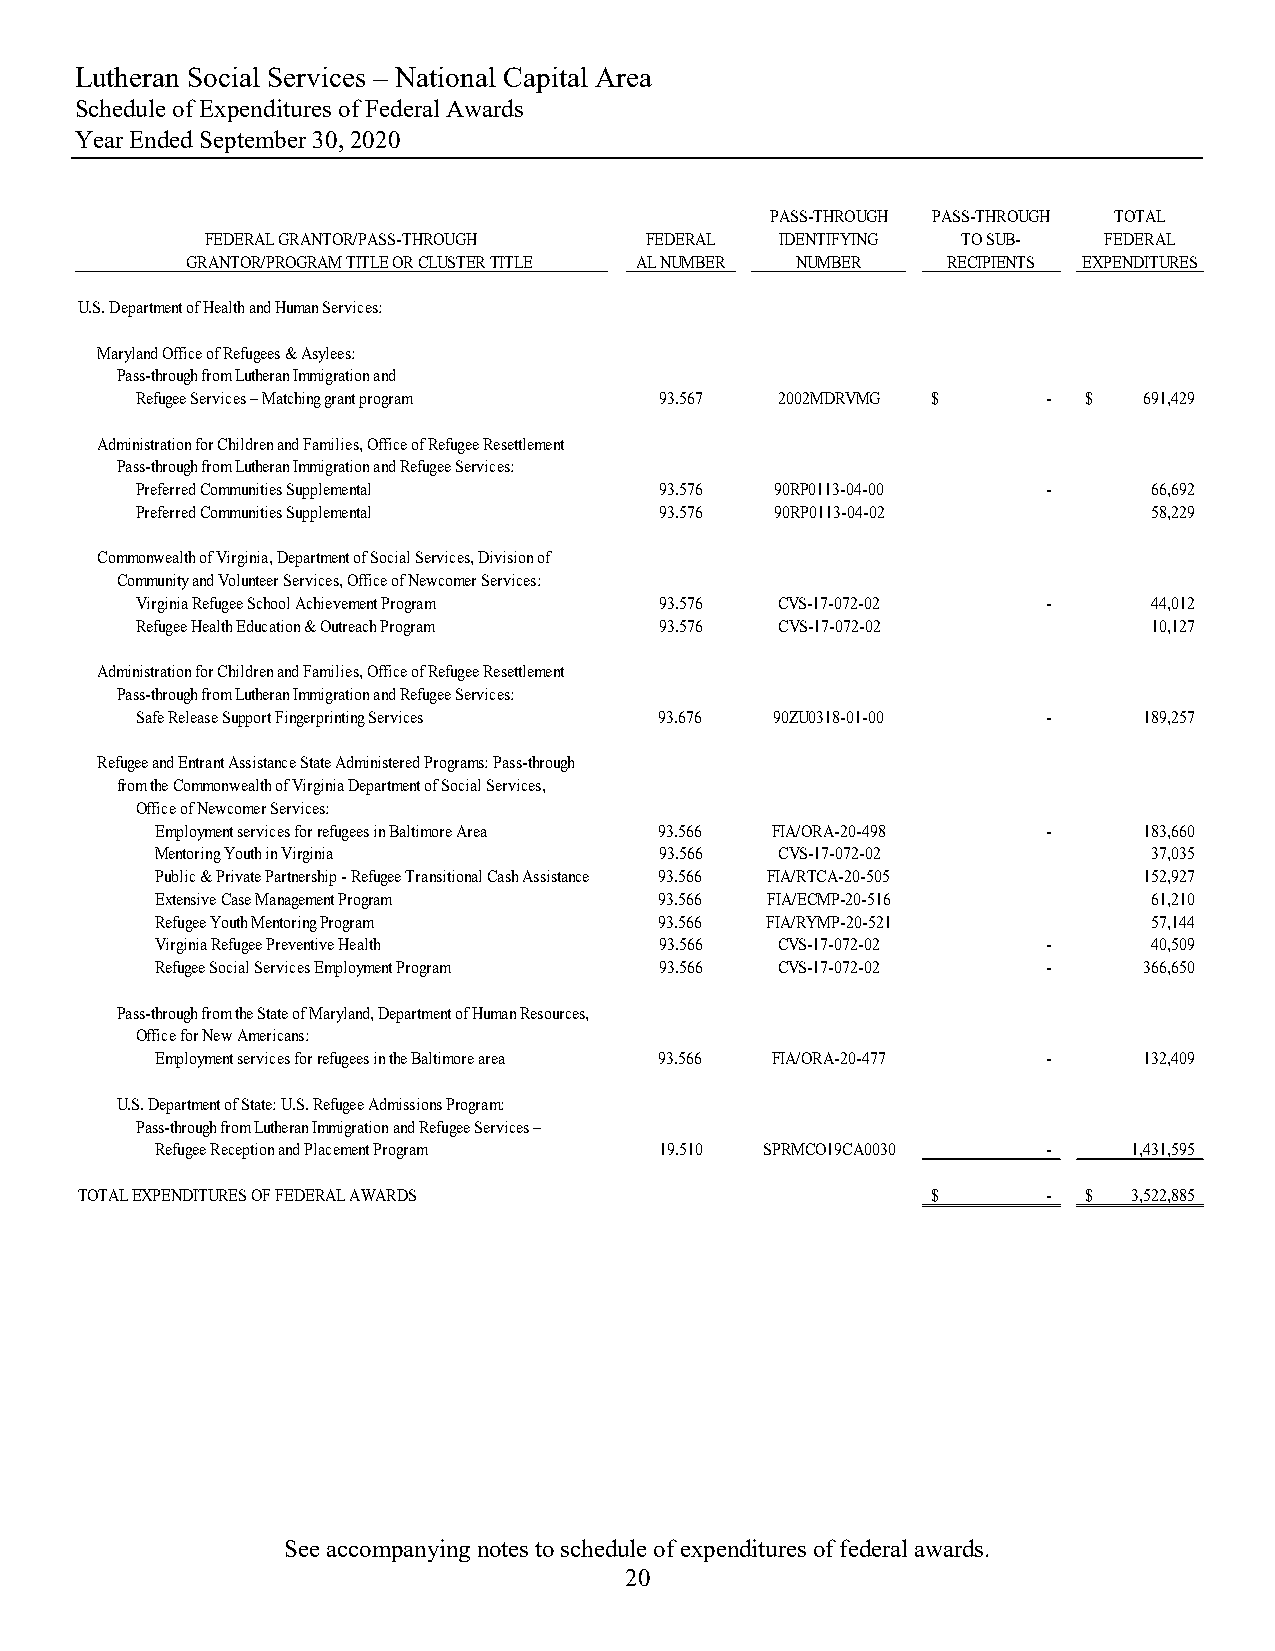
Lutheran Social Services – National Capital Area
 Schedule of Expenditures of Federal Awards
 Year Ended September 30, 2020
 PASS-THROUGH PASS-THROUGH TOTAL
 FEDERAL GRANTOR/PASS-THROUGH FEDERAL  IDENTIFYING TO SUB-  FEDERAL
 GRANTOR/PROGRAM TITLE OR CLUSTER TITLE AL NUMBER NUMBER RECIPIENTS EXPENDITURES
 U.S. Department of Health and Human Services:
 Maryland Office of Refugees & Asylees:
 Pass-through from Lutheran Immigration and
 Refugee Services – Matching grant program 93.567 2002MDRVMG $ - $  691,429
 Administration for Children and Families, Office of Refugee Resettlement
 Pass-through from Lutheran Immigration and Refugee Services:
 Preferred Communities Supplemental 93.576 90RP0113-04-00    -      66,692
 Preferred Communities Supplemental 93.576 90RP0113-04-02           58,229
 Commonwealth of Virginia, Department of Social Services, Division of
 Community and Volunteer Services, Office of Newcomer Services:
 Virginia Refugee School Achievement Program 93.576 CVS-17-072-02 - 44,012
 Refugee Health Education & Outreach Program 93.576 CVS-17-072-02   10,127
 Administration for Children and Families, Office of Refugee Resettlement
 Pass-through from Lutheran Immigration and Refugee Services:
 Safe Release Support Fingerprinting Services 93.676 90ZU0318-01-00 - 189,257
 Refugee and Entrant Assistance State Administered Programs: Pass-through
 from the Commonwealth of Virginia Department of Social Services,
 Office of Newcomer Services:
 Employment services for refugees in Baltimore Area 93.566 FIA/ORA-20-498 - 183,660
 Mentoring Youth in Virginia       93.566  CVS-17-072-02           37,035
 Public & Private Partnership - Refugee Transitional Cash Assistance 93.566 FIA/RTCA-20-505 152,927
 Extensive Case Management Program 93.566 FIA/ECMP-20-516          61,210
 Refugee Youth Mentoring Program   93.566 FIA/RYMP-20-521          57,144
 Virginia Refugee Preventive Health 93.566 CVS-17-072-02    -      40,509
 Refugee Social Services Employment Program 93.566 CVS-17-072-02 - 366,650
 Pass-through from the State of Maryland, Department of Human Resources,
 Office for New Americans:
 Employment services for refugees in the Baltimore area 93.566 FIA/ORA-20-477 - 132,409
 U.S. Department of State: U.S. Refugee Admissions Program:
 Pass-through from Lutheran Immigration and Refugee Services –
 Refugee Reception and Placement Program 19.510 SPRMCO19CA0030 -  1,431,595
 TOTAL EXPENDITURES OF FEDERAL AWARDS                     $      -  $  3,522,885
 See accompanying notes to schedule of expenditures of federal awards.
 20